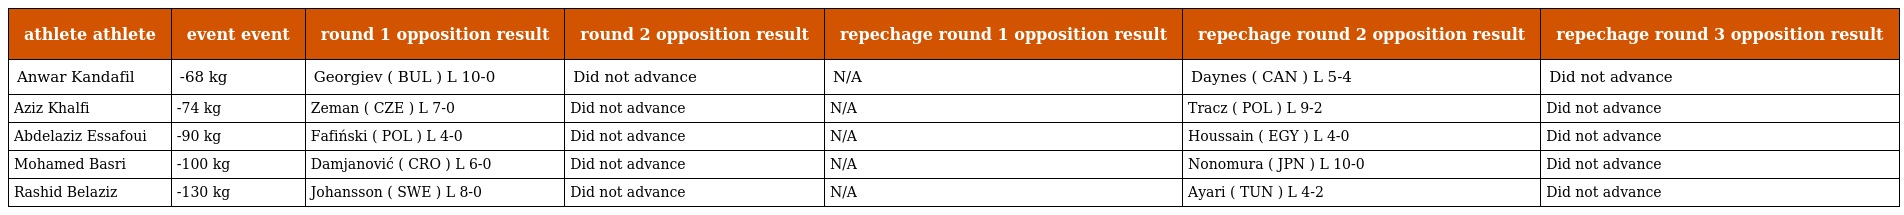
| athlete athlete | event event | round 1 opposition result | round 2 opposition result | repechage round 1 opposition result | repechage round 2 opposition result | repechage round 3 opposition result |
 | --- | --- | --- | --- | --- | --- | --- |
 | Anwar Kandafil | -68 kg | Georgiev ( BUL ) L 10-0 | Did not advance | N/A | Daynes ( CAN ) L 5-4 | Did not advance |
 | Aziz Khalfi | -74 kg | Zeman ( CZE ) L 7-0 | Did not advance | N/A | Tracz ( POL ) L 9-2 | Did not advance |
 | Abdelaziz Essafoui | -90 kg | Fafiński ( POL ) L 4-0 | Did not advance | N/A | Houssain ( EGY ) L 4-0 | Did not advance |
 | Mohamed Basri | -100 kg | Damjanović ( CRO ) L 6-0 | Did not advance | N/A | Nonomura ( JPN ) L 10-0 | Did not advance |
 | Rashid Belaziz | -130 kg | Johansson ( SWE ) L 8-0 | Did not advance | N/A | Ayari ( TUN ) L 4-2 | Did not advance |